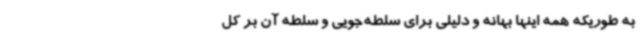
به طوریکه همه اینها بهانه‌ و دلیلی برای سلطه‌جویی و سلطه آن بر کل